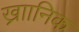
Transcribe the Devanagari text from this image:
ख्राानिक